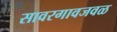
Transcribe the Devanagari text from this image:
सावरगावजवळ